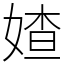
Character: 㜁